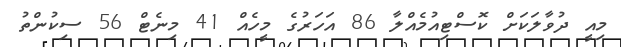
މިއީ ދުވާލަކަށް ކޮސްޓިއުމެއްލާ 86 އަހަރުގެ މީހެއް 41 މިނެޓް 56 ސިކުންތު